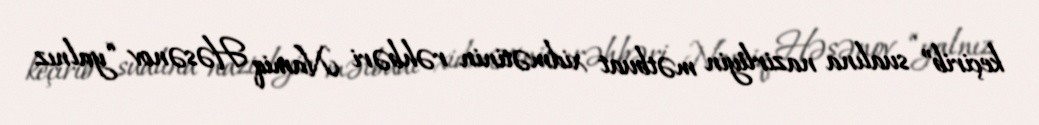
keçirib” sualına nazirliyin mətbuat xidmətinin rəhbəri Namiq Həsənov “yalnız